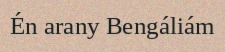
Én arany Bengáliám